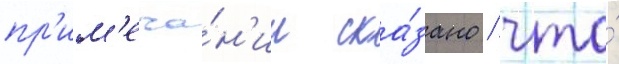
пр'им'еча́н'ии ска́зано / что́